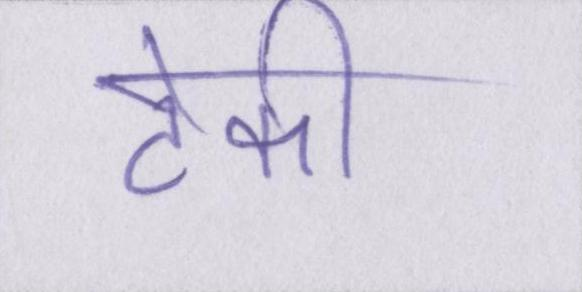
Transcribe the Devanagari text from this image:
टेकी